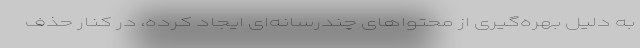
به دلیل بهره‌گیری از محتواهای چندرسانه‌ای ایجاد کرده، در کنار حذف